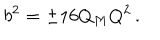
b ^ { 2 } = \pm 1 6 Q _ { M } Q ^ { 2 } \, .